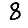
Digit: 8